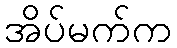
အိပ်မက်က